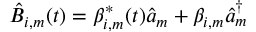
\hat { B } _ { i , m } ( t ) = \beta _ { i , m } ^ { * } ( t ) \hat { a } _ { m } + \beta _ { i , m } \hat { a } _ { m } ^ { \dag }